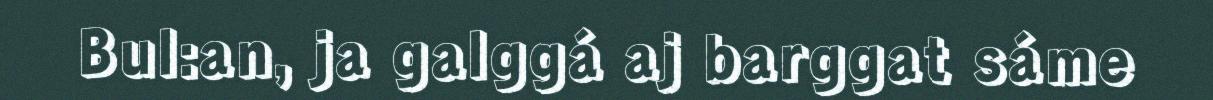
Bul:an, ja galggá aj barggat sáme